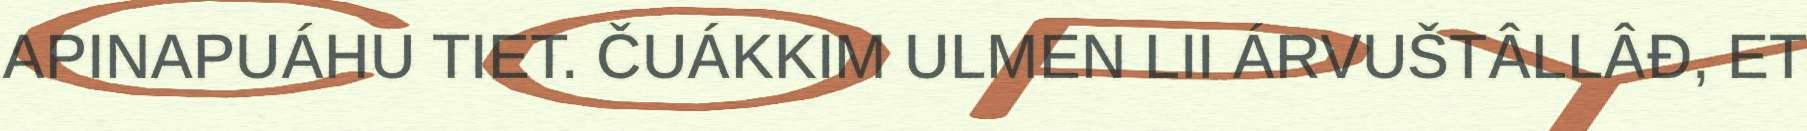
APINAPUÁHU TIET. ČUÁKKIM ULMEN LII ÁRVUŠTÂLLÂĐ, ET